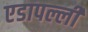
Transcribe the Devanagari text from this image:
एडापल्ली